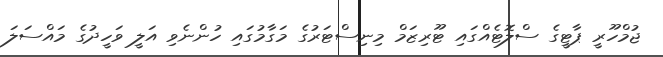
ޖުމްހޫރީ ޕާޓީގެ ސްލޮޓެއްގައި ޓޫރިޒަމް މިނިސްޓަރުގެ މަގާމުގައި ހުންނެވި އަލީ ވަހީދުގެ މައްސަލަ